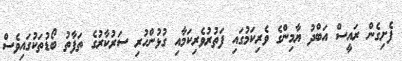
ފެށިގެން ރައީސް އަބްދު ޔާމިންގެ ވެރިކަމުގައި ފަތުރުވެރިކަމާއި ގުޅުންހުރި ސަރުކާރުގެ ތަފާތު ބޯޑުތަކުގައިވެސް